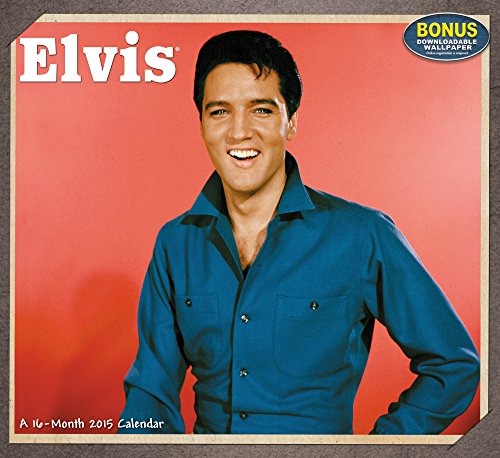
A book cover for Elvis Wall Calendar (2015); Mead; Calendars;